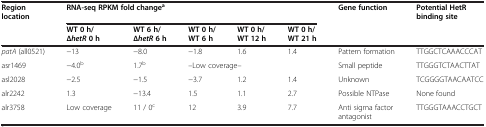
<table><thead><tr><td rowspan="2"><b>Region location</b></td><td colspan="5"><b>RNA-seq RPKM fold change<sup>a</sup></b></td><td><b>Gene function</b></td><td><b>Potential HetR binding site</b></td></tr><tr><td><b>WT 0 h/∆<i>hetR</i>0 h</b></td><td><b>WT 6 h/∆<i>hetR</i>6 h</b></td><td><b>WT 0 h/WT 6 h</b></td><td><b>WT 0 h/WT 12 h</b></td><td><b>WT 0 h/WT 21 h</b></td><td></td><td></td></tr></thead><tbody><tr><td><i>patA</i> (all0521)</td><td>−13</td><td>−8.0</td><td>−1.8</td><td>1.6</td><td>1.4</td><td>Pattern formation</td><td>TTGGCTCAAACCCAT</td></tr><tr><td>asr1469</td><td>−4.0<sup>b</sup></td><td>1.7<sup>b</sup></td><td colspan="3">--Low coverage--</td><td>Small peptide</td><td>TTGGGTCTAACTTAT</td></tr><tr><td>asl2028</td><td>−2.5</td><td>−1.5</td><td>−3.7</td><td>1.2</td><td>1.4</td><td>Unknown</td><td>TCGGGGTAACAATCC</td></tr><tr><td>alr2242</td><td>1.3</td><td>−13.4</td><td>1.5</td><td>1.1</td><td>2.7</td><td>Possible NTPase</td><td>None found</td></tr><tr><td>alr3758</td><td>Low coverage</td><td>11 / 0<sup>c</sup></td><td>12</td><td>3.9</td><td>7.7</td><td>Anti sigma factor antagonist</td><td>TTGGGTAAACCTGCT</td></tr></tbody></table>